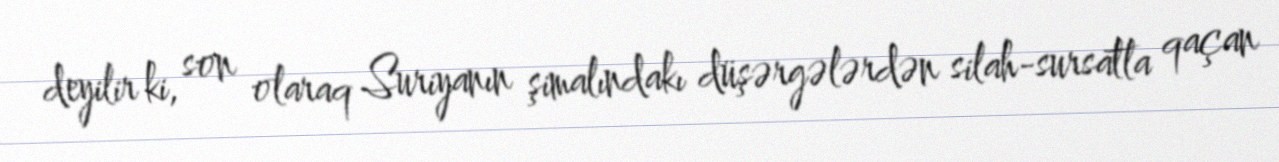
deyilir ki, son olaraq Suriyanın şimalındakı düşərgələrdən silah-sursatla qaçan